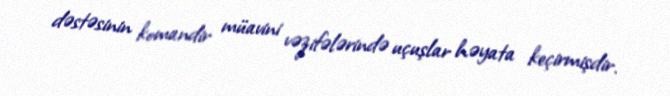
dəstəsinin komandir müavini vəzifələrində uçuşlar həyata keçirmişdir.